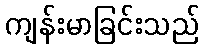
ကျန်းမာခြင်းသည်